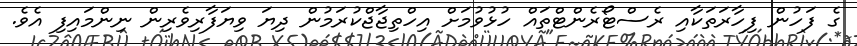
ގެ ފަހުން ފިހާރަތަކާއި ރެސްޓޯރެންޓްތައް ހުޅުވުމަށް އިހްތިޖާޖްކުރަމުން ދިޔަ ވިޔަފާރިވެރިން ނިންމައިފި އެވެ.